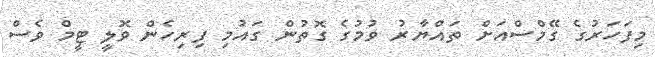
މިފަހަރުގެ ގޭމްސްއަށް ތައްޔާރު ވުމުގެ ގޮތުން ގައުމި ފިރިހެން ވޮލީ ޓީމް ވެސް